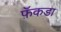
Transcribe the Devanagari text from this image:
फ़ॅकडा